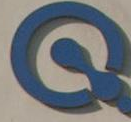
Q